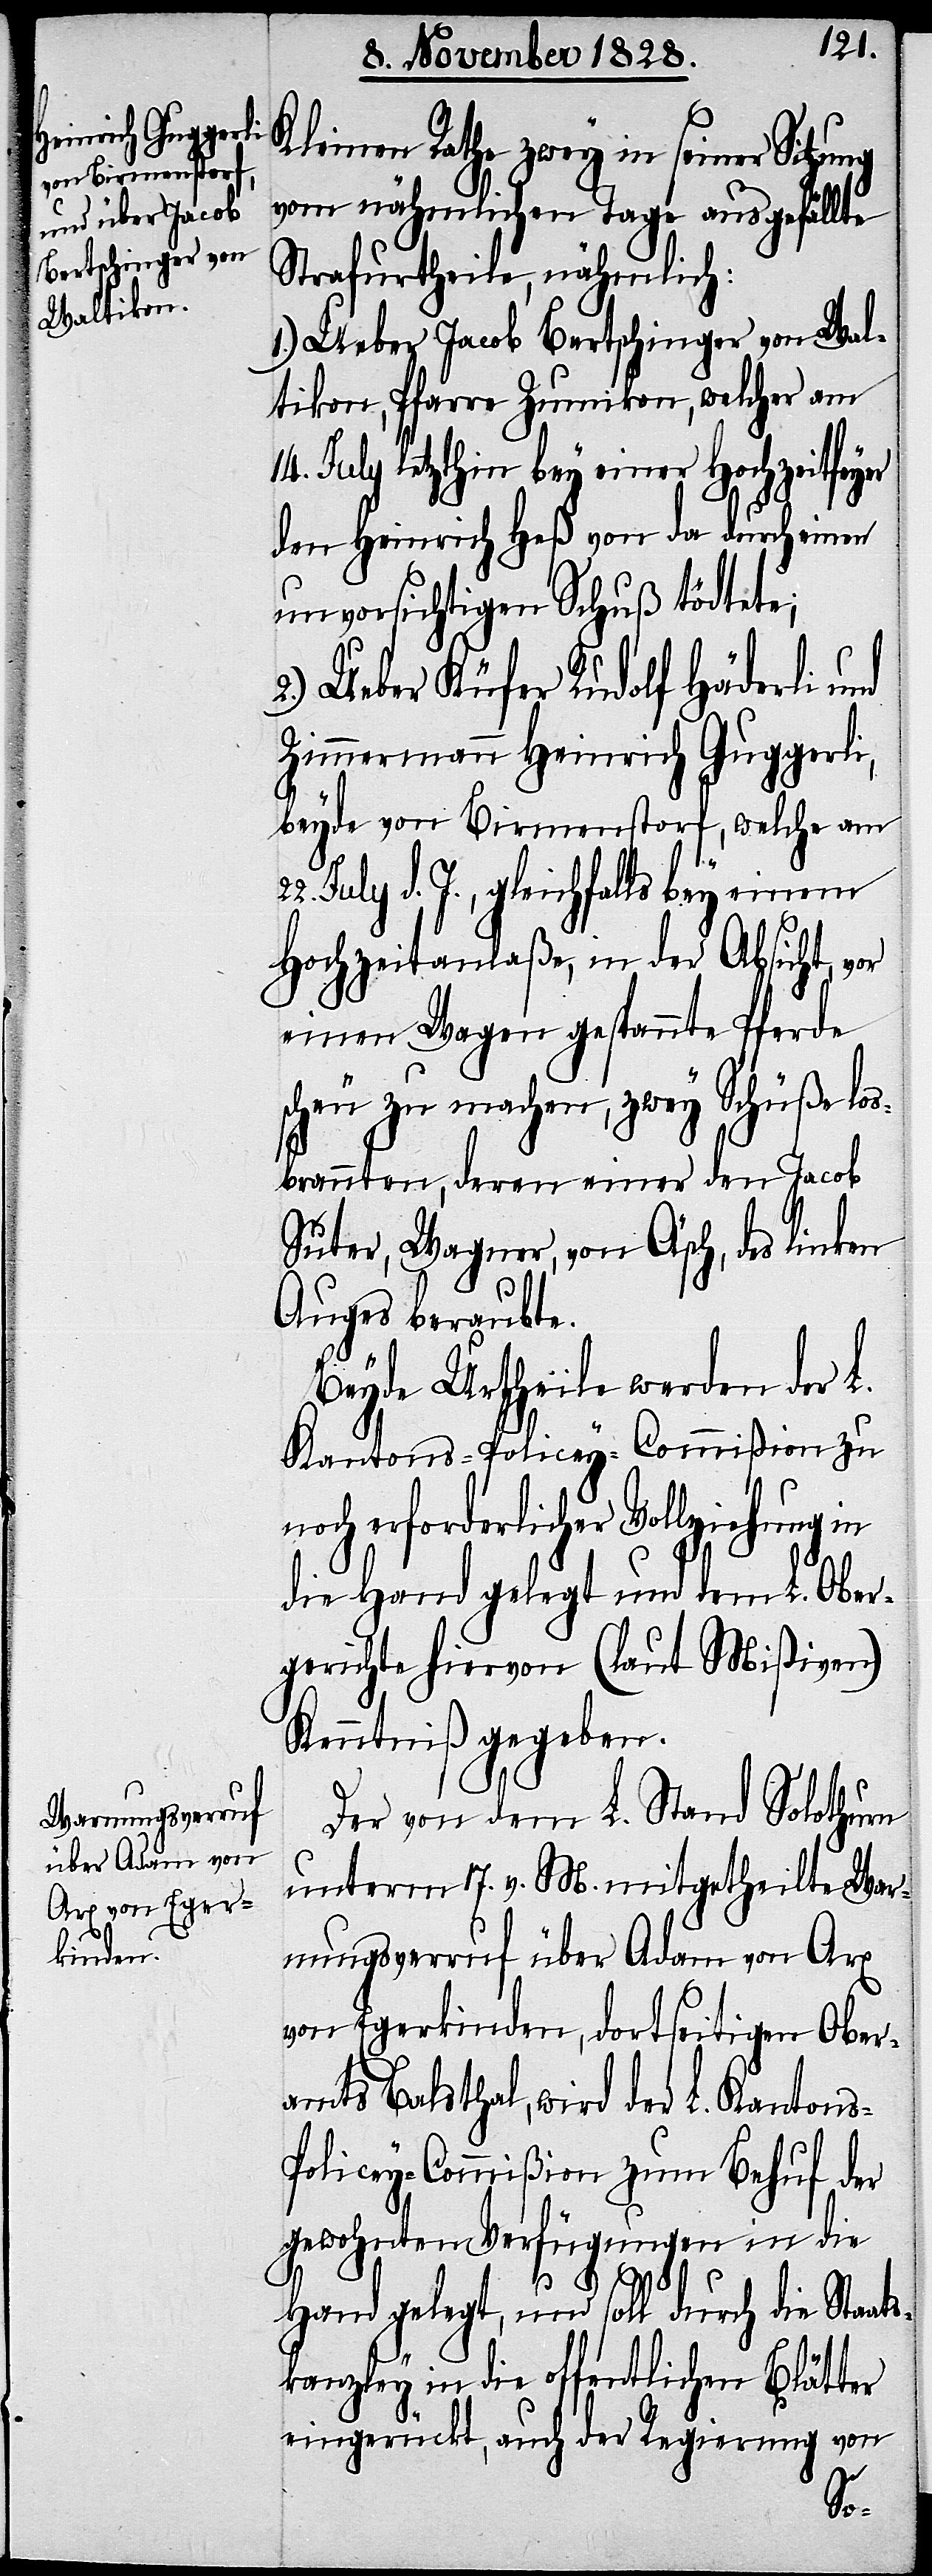
Kleinen Rathe zwey in seiner Sitzung
vom nähmlichen Tage ausgefällte
Strafurtheile, nähmlich:
1.) Ueber Jacob Bertschinger von Wal¬
tikon, Pfarre Zumikon, welcher am
14. July letzthin bey einer Hochzeitfeyer
den Heinrich Heß von da durch einen
unvorsichtigen Schuß tödtete;
2.) Ueber Küfer Rudolf Häderli und
Zimmermann Heinrich Guggerli,
beyde von Birmenstorf, welche am
July d. J., gleichfalls bey einem
Hochzeitanlaße, in der Absicht vor
einen Wagen gespannte Pferde
scheu zu machen, zwey Schüße los¬
brannten, deren einer den Jacob
Suter, Wagner, von Äsch, des linken
Auges beraubte.
Beyde Urtheile werden der L.
Kantons-Policey-Commißion zu
noch erforderlicher Vollziehung in
die Hand gelegt und dem L. Ober¬
gerichte hiervon (laut Mißiven)
Kenntniß gegeben.
Der von dem L. Stand Solothurn
unterm 17. v. M. mitgetheilte War¬
nungsverruf über Adam von Arx
von Egerkinden, dortseitigen Ober¬
amts Balsthal, wird der L. Kantons-P¬
olicey-Commißion zum Behuf der
gewohnten Verfügungen in die
Hand gelegt, und soll durch die Staats¬
kanzley in die offentlichen Blätter
eingerückt, auch der Regierung von